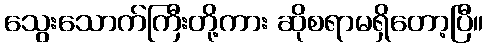
သွေးသောက်ကြီးတို့ကား ဆိုစရာမရှိတော့ပြီ။